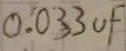
Text: 0.033uF